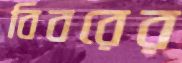
বিবরের